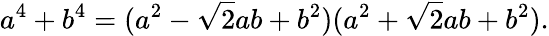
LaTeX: a^{4}+b^{4}=(a^{2}-{\sqrt{2}}ab+b^{2})(a^{2}+{\sqrt{2}}ab+b^{2}).